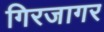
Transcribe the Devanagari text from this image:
गिरजागर